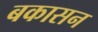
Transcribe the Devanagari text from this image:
बकासन